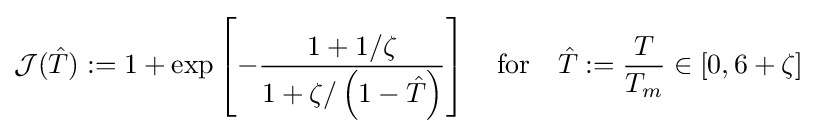
{\mathcal {J}}({\hat {T}}):=1+\exp \left[-{\frac {1+1/\zeta }{1+\zeta /\left(1-{\hat {T}}\right)}}\right]\quad {\text{for}}\quad {\hat {T}}:={\frac {T}{T_{m}}}\in [0,6+\zeta ]